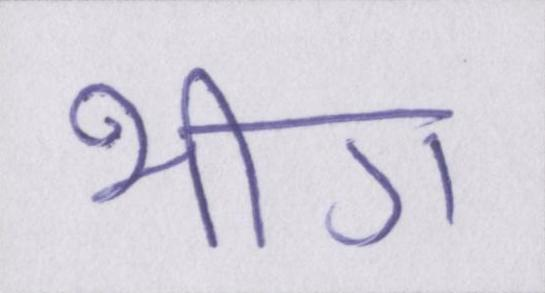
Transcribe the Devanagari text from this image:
भीग